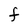
Character: F